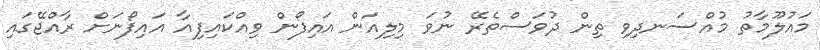
މައުލޫމާތު މުއްސަނދިވި ތިން ދުވަސްތެރޭ ނުވަ މިލިއަން އައިފޯން ވިއްކައިފިއާ އައިފޯނަށް ރާއްޖޭގައި